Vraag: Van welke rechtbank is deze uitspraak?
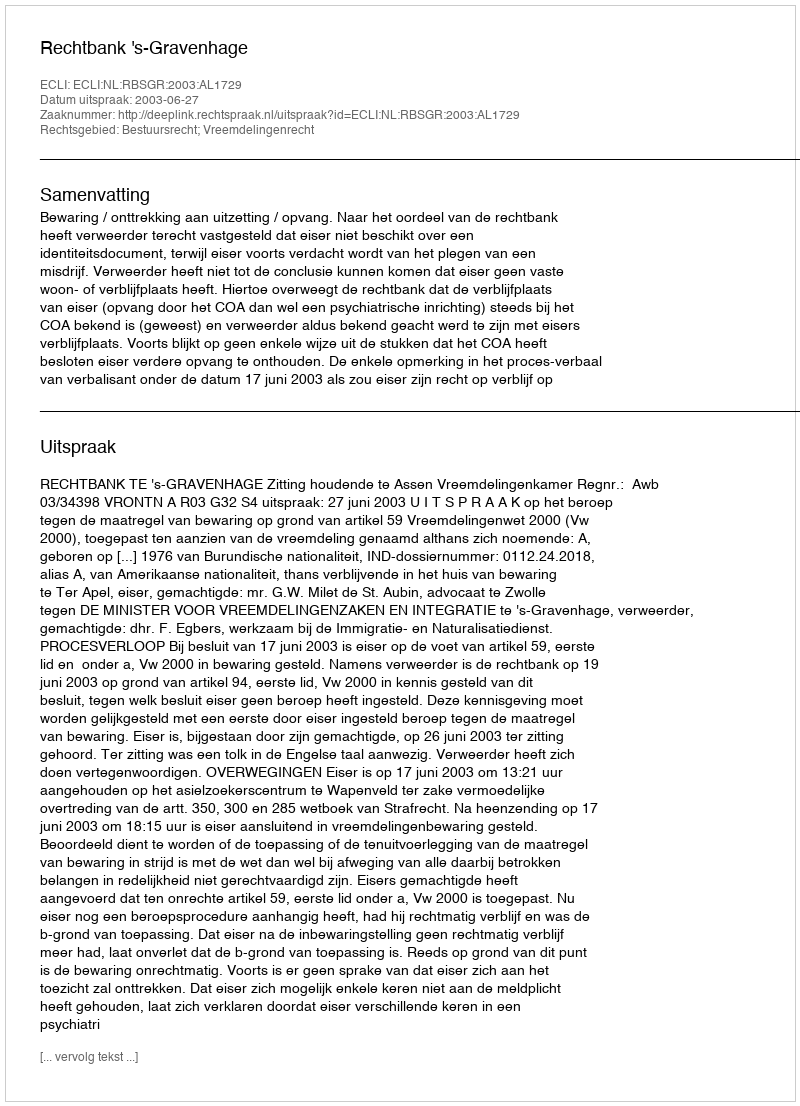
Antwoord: Rechtbank 's-Gravenhage